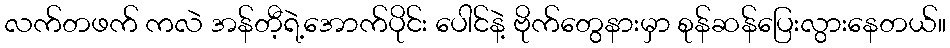
လက်တဖက် ကလဲ အန်တီ့ရဲ့အောက်ပိုင်း ပေါင်နဲ့ ဗိုက်တွေနားမှာ စုန်ဆန်ပြေးလွားနေတယ်။